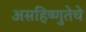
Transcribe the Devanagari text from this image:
असहिष्णुतेचे